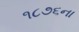
૧૮૭૬ના